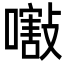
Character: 𡁁